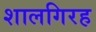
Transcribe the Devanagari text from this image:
शालगिरह